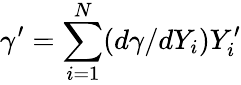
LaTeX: \gamma^{\prime}=\sum_{i=1}^{N}(d\gamma/dY_{i})Y_{i}^{\prime}